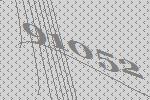
91052